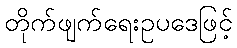
တိုက်ဖျက်ရေးဥပဒေဖြင့်